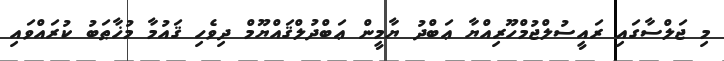
މި ޖަލްސާގައި ރައީސުލްޖުމްހޫރިއްޔާ ޢަބްދު ޔާމީން ޢަބްދުލްޤައްޔޫމް ދިވެހި ޤައުމާ މުޚާޠަބު ކުރައްވައި